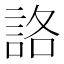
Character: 詻